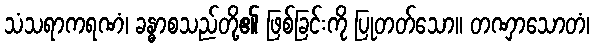
သံသရာကရဏံ၊ ခန္ဓာစသည်တို့၏ ဖြစ်ခြင်းကို ပြုတတ်သော။ တဏှာသောတံ၊